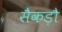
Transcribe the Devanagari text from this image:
सैकड़ौ